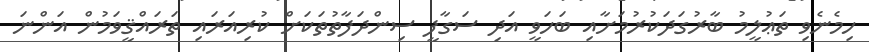
ހިމެނެވި ތަޢުލީމު ބާރުގަދަކުރުމަށާއި ބަހަވީ އަދި ސަގާފީ ސިންދަފާތުތަކަށް ކުރިއަރައި ތަރައްޤީވަމުން އަންނަ